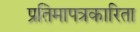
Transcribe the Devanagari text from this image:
प्रतिमापत्रकारिता